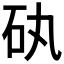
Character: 𥐠